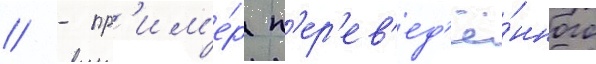
// - пр'им'е́р п'ер'ев'ед'ё́нного